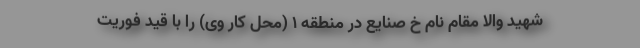
شهید والا مقام نام خ صنایع در منطقه ١ (محل کار وى) را با قید فوریت